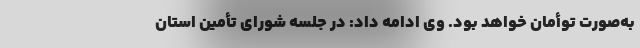
به‌صورت توأمان خواهد بود. وی ادامه داد: در جلسه شورای تأمین استان